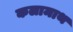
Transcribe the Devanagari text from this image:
कलामाथ